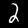
Label: 2